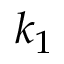
k _ { 1 }